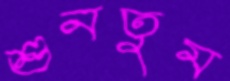
শুনতুম